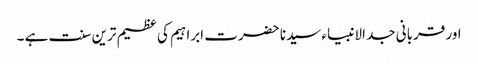
اور قربانی جد الانبیاء سیدنا حضرت ابراہیم کی عظیم ترین سنت ہے ۔